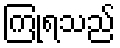
ကြုံရသည်